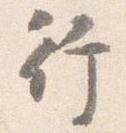
行